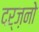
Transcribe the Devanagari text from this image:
दर्ज़नो